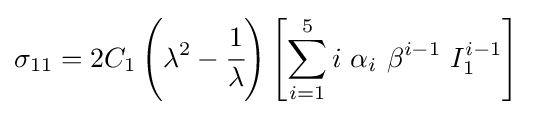
\sigma _{11}=2C_{1}\left(\lambda ^{2}-{\cfrac {1}{\lambda }}\right)\left[\sum _{i=1}^{5}i~\alpha _{i}~\beta ^{i-1}~I_{1}^{i-1}\right]~